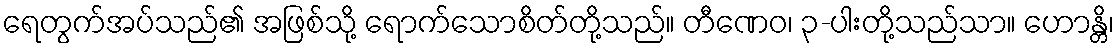
ရေတွက်အပ်သည်၏ အဖြစ်သို့ ရောက်သောစိတ်တို့သည်။ တီဏေဝ၊ ၃-ပါးတို့သည်သာ။ ဟောန္တိ၊